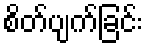
စိတ်ပျက်ခြင်း